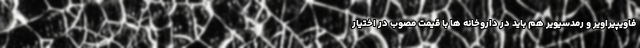
فاویپیراویر و رمدسیویر هم باید در داروخانه ها با قیمت مصوب در اختیار